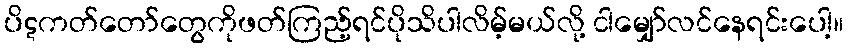
ပိဋကတ်တော်တွေကိုဖတ်ကြည့်ရင်ပိုသိပါလိမ့်မယ်လို့ ငါမျှော်လင်နေရင်းပေါ့။